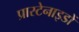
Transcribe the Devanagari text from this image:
प्रास्टेनाइडों